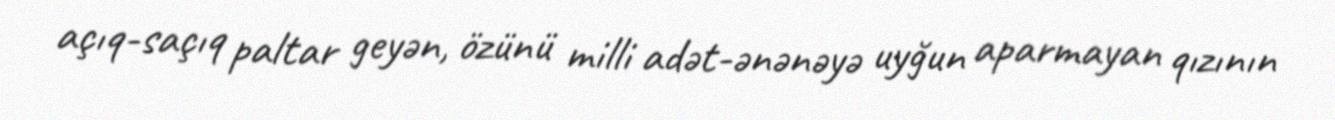
açıq-saçıq paltar geyən, özünü milli adət-ənənəyə uyğun aparmayan qızının